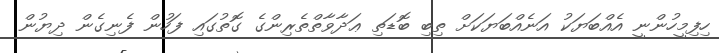
ހިފިމީހުންނީ އެއްބަޔަކު އަނެއްބަޔަކަށް ތިބި ބޮޑަތި ޢަދާވާތްތެރިންގެ ގޮތުގައި ފަހުން ފެނިގެން ދިޔުން